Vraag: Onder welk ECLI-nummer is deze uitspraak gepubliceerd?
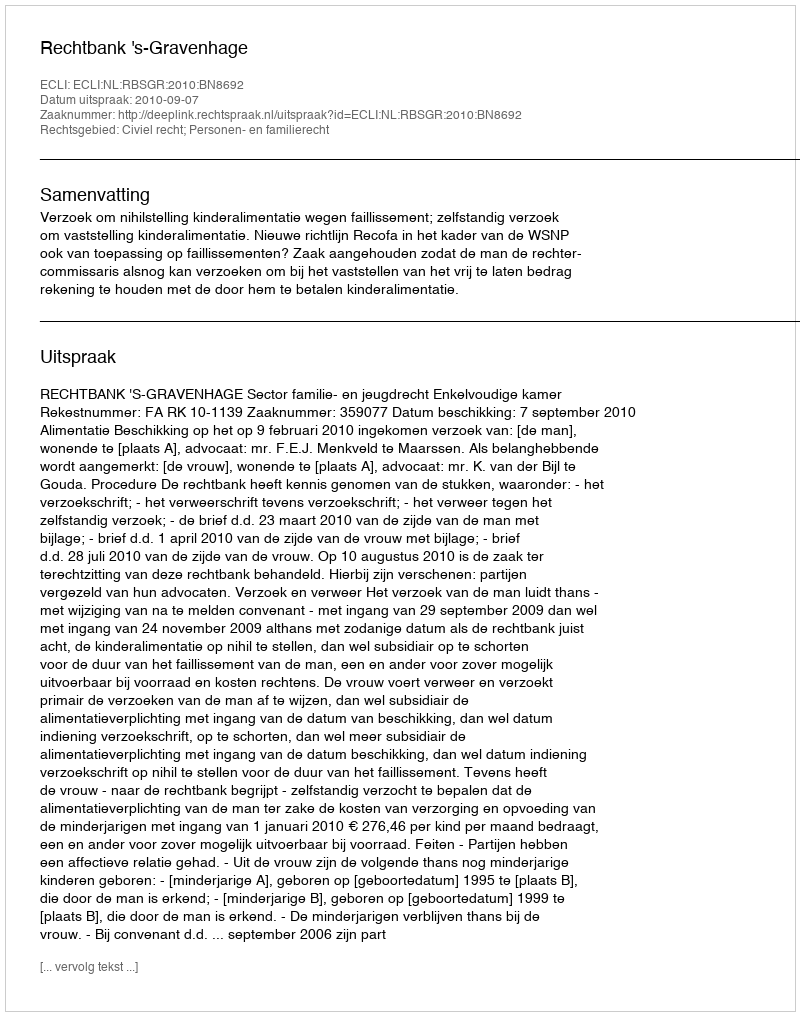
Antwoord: ECLI:NL:RBSGR:2010:BN8692